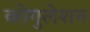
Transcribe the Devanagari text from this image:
कोगुलेशन